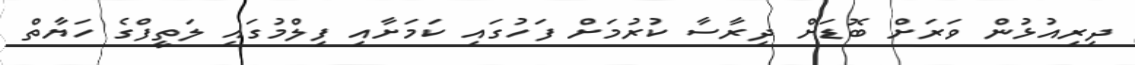
ދިރިއުޅުން ވަރަށް ބޮޑަށް ދިރާސާ ކުރުމަށް ފަހުގައި ކަމަށާއި ފިލްމުގައި ލަތީފްގެ ހަޔާތް